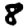
Digit: 8